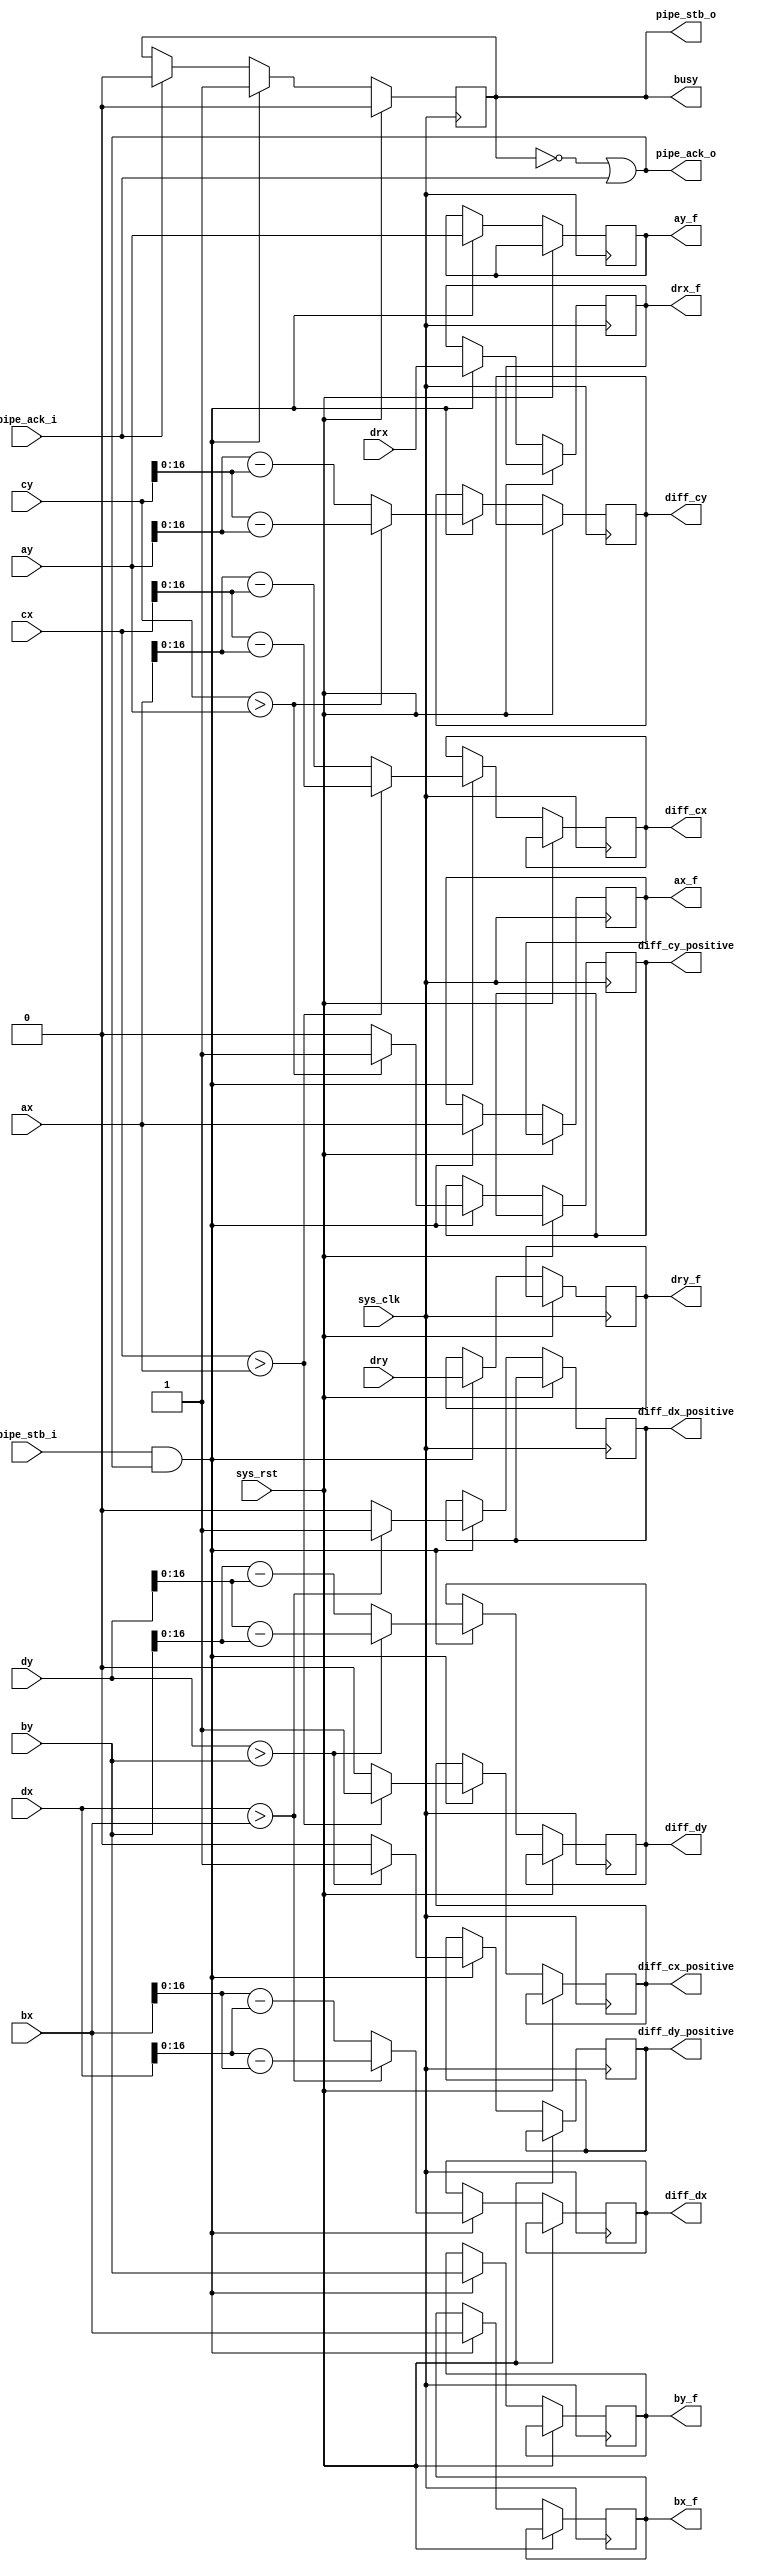
/*
 * Milkymist SoC
 * Copyright (C) 2007, 2008, 2009, 2010 Sebastien Bourdeauducq
 *
 * This program is free software: you can redistribute it and/or modify
 * it under the terms of the GNU General Public License as published by
 * the Free Software Foundation, version 3 of the License.
 *
 * This program is distributed in the hope that it will be useful,
 * but WITHOUT ANY WARRANTY; without even the implied warranty of
 * MERCHANTABILITY or FITNESS FOR A PARTICULAR PURPOSE.  See the
 * GNU General Public License for more details.
 *
 * You should have received a copy of the GNU General Public License
 * along with this program.  If not, see <http://www.gnu.org/licenses/>.
 */

module tmu2_vdivops(
	input sys_clk,
	input sys_rst,

	output busy,

	input pipe_stb_i,
	output pipe_ack_o,
	input signed [17:0] ax,
	input signed [17:0] ay,
	input signed [17:0] bx,
	input signed [17:0] by,
	input signed [17:0] cx,
	input signed [17:0] cy,
	input signed [17:0] dx,
	input signed [17:0] dy,
	input signed [11:0] drx,
	input signed [11:0] dry,

	output reg pipe_stb_o,
	input pipe_ack_i,
	output reg signed [17:0] ax_f,
	output reg signed [17:0] ay_f,
	output reg signed [17:0] bx_f,
	output reg signed [17:0] by_f,
	output reg diff_cx_positive,
	output reg [16:0] diff_cx,
	output reg diff_cy_positive,
	output reg [16:0] diff_cy,
	output reg diff_dx_positive,
	output reg [16:0] diff_dx,
	output reg diff_dy_positive,
	output reg [16:0] diff_dy,
	output reg signed [11:0] drx_f,
	output reg signed [11:0] dry_f
);

always @(posedge sys_clk) begin
	if(sys_rst)
		pipe_stb_o <= 1'b0;
	else begin
		if(pipe_ack_i)
			pipe_stb_o <= 1'b0;
		if(pipe_stb_i & pipe_ack_o) begin
			pipe_stb_o <= 1'b1;
			if(cx > ax) begin
				diff_cx_positive <= 1'b1;
				diff_cx <= cx - ax;
			end else begin
				diff_cx_positive <= 1'b0;
				diff_cx <= ax - cx;
			end
			if(cy > ay) begin
				diff_cy_positive <= 1'b1;
				diff_cy <= cy - ay;
			end else begin
				diff_cy_positive <= 1'b0;
				diff_cy <= ay - cy;
			end
			if(dx > bx) begin
				diff_dx_positive <= 1'b1;
				diff_dx <= dx - bx;
			end else begin
				diff_dx_positive <= 1'b0;
				diff_dx <= bx - dx;
			end
			if(dy > by) begin
				diff_dy_positive <= 1'b1;
				diff_dy <= dy - by;
			end else begin
				diff_dy_positive <= 1'b0;
				diff_dy <= by - dy;
			end
			ax_f <= ax;
			ay_f <= ay;
			bx_f <= bx;
			by_f <= by;
			drx_f <= drx;
			dry_f <= dry;
		end
	end
end

assign pipe_ack_o = ~pipe_stb_o | pipe_ack_i;

assign busy = pipe_stb_o;

endmodule